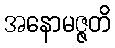
အနောမဇ္ဇတိ